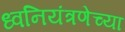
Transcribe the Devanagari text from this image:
ध्वनियंत्रणेच्या